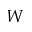
W